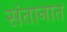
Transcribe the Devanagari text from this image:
संतानात